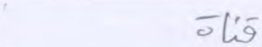
قناة